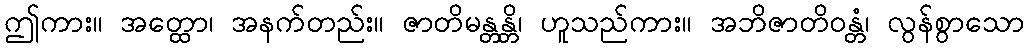
ဤကား။ အတ္ထော၊ အနက်တည်း။ ဇာတိမန္တန္တိ၊ ဟူသည်ကား။ အဘိဇာတိဝန္တံ၊ လွန်စွာသော